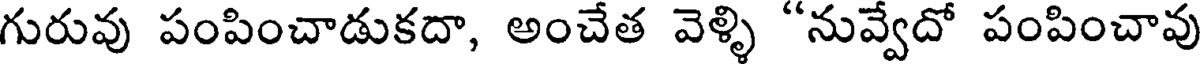
గురువు పంపించాడుకదా, అంచేత వెళ్ళి "నువ్వేదో పంపించావు